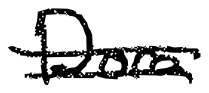
Text: Dora
Cross-out: double-line
Writing tool: digital_black